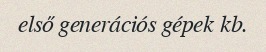
első generációs gépek kb.